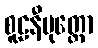
စူဠနီပုတ္တော